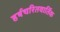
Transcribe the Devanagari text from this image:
हर्षचरितवार्तिक